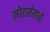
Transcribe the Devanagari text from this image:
मोटर्समध्ये